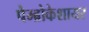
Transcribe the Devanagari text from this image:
पेम्ब्रोकेशायर